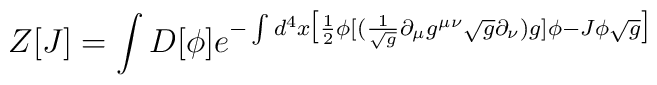
Z[J] = \int D[\phi]e^{- \int d^4x \big{[}\frac{1}{2}\phi [(\frac{1}{\sqrt{g}}\partial_{\mu}g^{\mu\nu} \sqrt{g}\partial_{\nu})g] \phi -J\phi\sqrt{g}\big{]}}